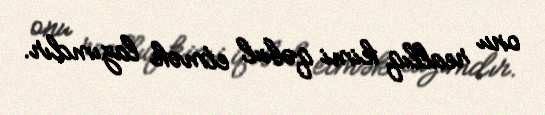
onu reallıq kimi qəbul etmək lazımdır.